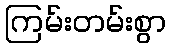
ကြမ်းတမ်းစွာ